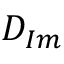
D _ { I m }